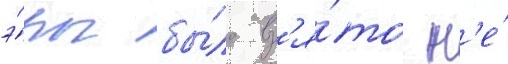
э́ры бы́ло вз'я́то н'е́